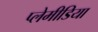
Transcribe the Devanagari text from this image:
प्लेमीडिया